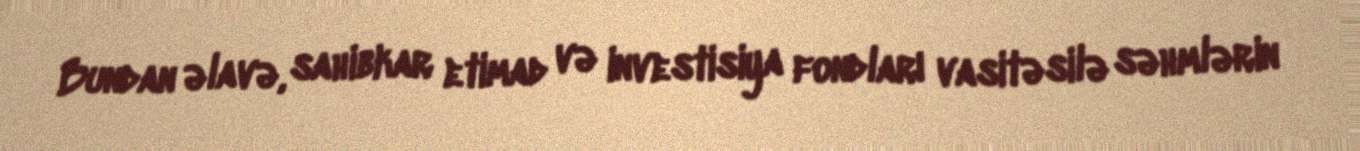
Bundan əlavə, sahibkar etimad və investisiya fondları vasitəsilə səhmlərin